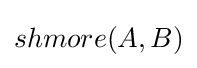
shmore(A,B)